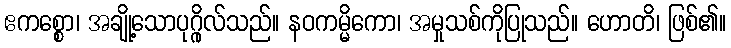
ဧကစ္စော၊ အချို့သောပုဂ္ဂိုလ်သည်။ နဝကမ္မိကော၊ အမှုသစ်ကိုပြုသည်။ ဟောတိ၊ ဖြစ်၏။